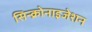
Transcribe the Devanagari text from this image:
सिन्क्रोनाइजेशन